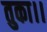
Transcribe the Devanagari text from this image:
तुका।।